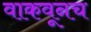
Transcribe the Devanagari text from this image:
वाकवूनच